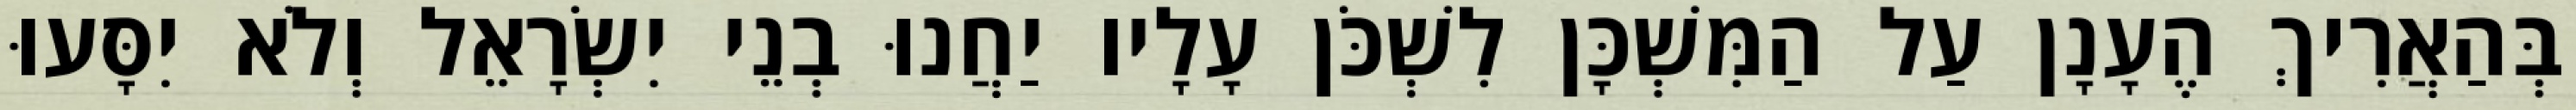
בְּהַאֲרִיךְ הֶעָנָן עַל הַמִּשְׁכָּן לִשְׁכֹּן עָלָיו יַחֲנוּ בְנֵי יִשְׂרָאֵל וְלֹא יִסָּעוּ